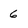
Character: 6